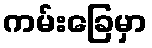
ကမ်းခြေမှာ